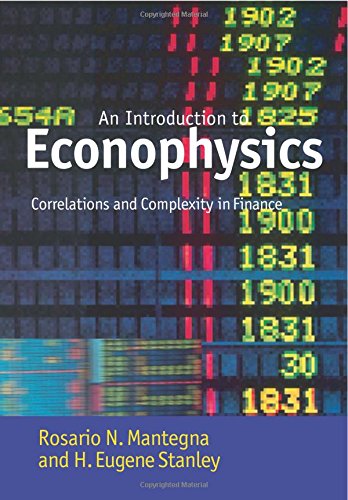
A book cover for Introduction to Econophysics: Correlations and Complexity in Finance; Rosario N. Mantegna; Science & Math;